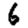
Digit: 6